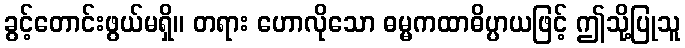
ခွင့်တောင်းဖွယ်မရှိ။ တရား ဟောလိုသော ဓမ္မကထာဓိပ္ပာယဖြင့် ဤသို့ပြုသူ